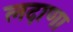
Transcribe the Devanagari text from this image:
लदाणा